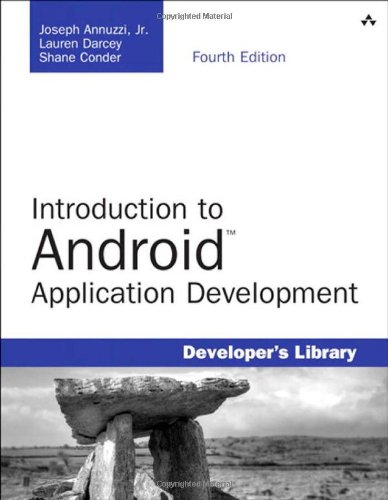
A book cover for Introduction to Android Application Development: Android Essentials (4th Edition) (Developer's Library); Joseph Annuzzi Jr.; Computers & Technology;